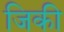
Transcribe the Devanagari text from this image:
जिकी